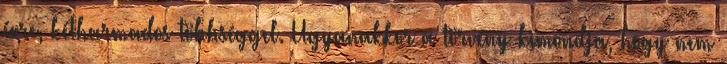
évre, kétharmados többséggel. Ugyanakkor a törvény kimondja, hogy nem